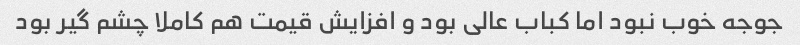
جوجه خوب نبود اما کباب عالی بود و افزایش قیمت هم کاملا چشم گیر بود